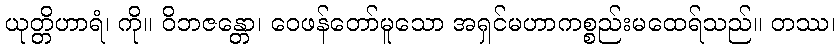
ယုတ္တိဟာရံ၊ ကို။ ဝိဘဇန္တော၊ ဝေဖန်တော်မူသော အရှင်မဟာကစ္စည်းမထေရ်သည်။ တဿ၊